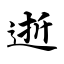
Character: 逝